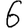
Digit: 6